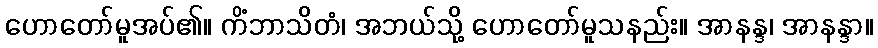
ဟောတော်မူအပ်၏။ ကိံဘာသိတံ၊ အဘယ်သို့ ဟောတော်မူသနည်း။ အာနန္ဒ၊ အာနန္ဒာ။